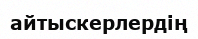
айтыскерлердің